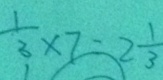
\frac { 1 } { 3 } \times 7 = 2 \frac { 1 } { 3 }